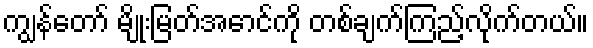
ကျွန်တော် မျိုးမြတ်အောင်ကို တစ်ချက်ကြည့်လိုက်တယ်။